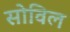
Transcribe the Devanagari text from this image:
सोविल